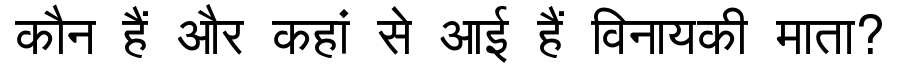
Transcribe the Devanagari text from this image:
कौन हैं और कहां से आई हैं विनायकी माता?